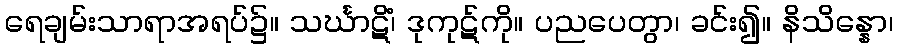
ရေချမ်းသာရာအရပ်၌။ သင်္ဃာဋိံ၊ ဒုကုဋ်ကို။ ပညပေတွာ၊ ခင်း၍။ နိသိန္နော၊